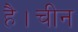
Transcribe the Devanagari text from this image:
है।चीन